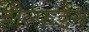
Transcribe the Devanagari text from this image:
हील्फ़डेन